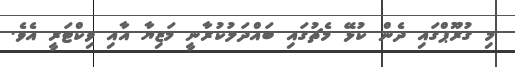
މި ގުރޫޕްގައި ދެން ކުޅޭ މެޗުގައި ބައްދަލުކުރާނީ މަޒިޔާ އާއި ވިކްޓަރީ އެވެ.